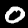
Digit: 0